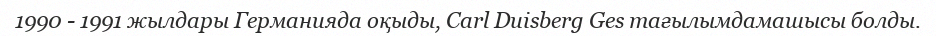
1990 - 1991 жылдары Германияда оқыды, Carl Duisberg Ges тағылымдамашысы болды.